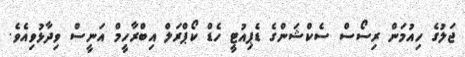
ޖަލުގެ ހިއުމަން ރިސޯސް ސެކްޝަންގެ ޑެޕިއުޓީ ހެޑް ކޯޕްރަލް އިބްރާހީމް އަނީސް ވިދާޅުވިއެވެ.